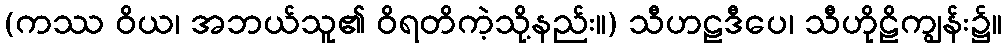
(ကဿ ဝိယ၊ အဘယ်သူ၏ ဝိရတိကဲ့သို့နည်း။) သီဟဠဒီပေ၊ သီဟိုဠိကျွန်း၌။